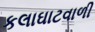
કલાઘાટવાળી